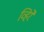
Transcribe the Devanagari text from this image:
व्हिरे